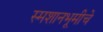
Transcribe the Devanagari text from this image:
स्मशानभूमीचे